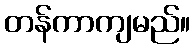
တန်ကာကျမည်။